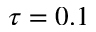
\tau = 0 . 1